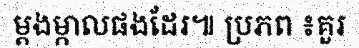
ម្តងម្កាលផងដែរ៕ ប្រភព ៖គួរ